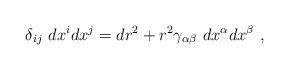
LaTeX: \begin{align*}\delta_{ij}~dx^i dx^j=dr^2+r^2\gamma_{\alpha\beta}~dx^\alpha dx^\beta~,\end{align*}